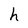
Character: h